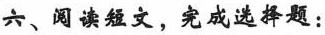
六、阅读短文,完成选择题: